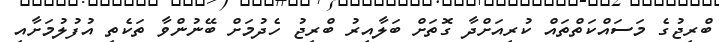
ބްރިޖުގެ މަސައްކަތްތައް ކުރިއަށްދާ ގޮތަށް ބަލާއިރު ބްރިޖު ހެދުމަށް ބޭނުންވާ ތަކެތި އުފުލުމަށާއި